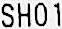
SH01